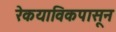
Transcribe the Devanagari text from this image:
रेकयाविकपासून